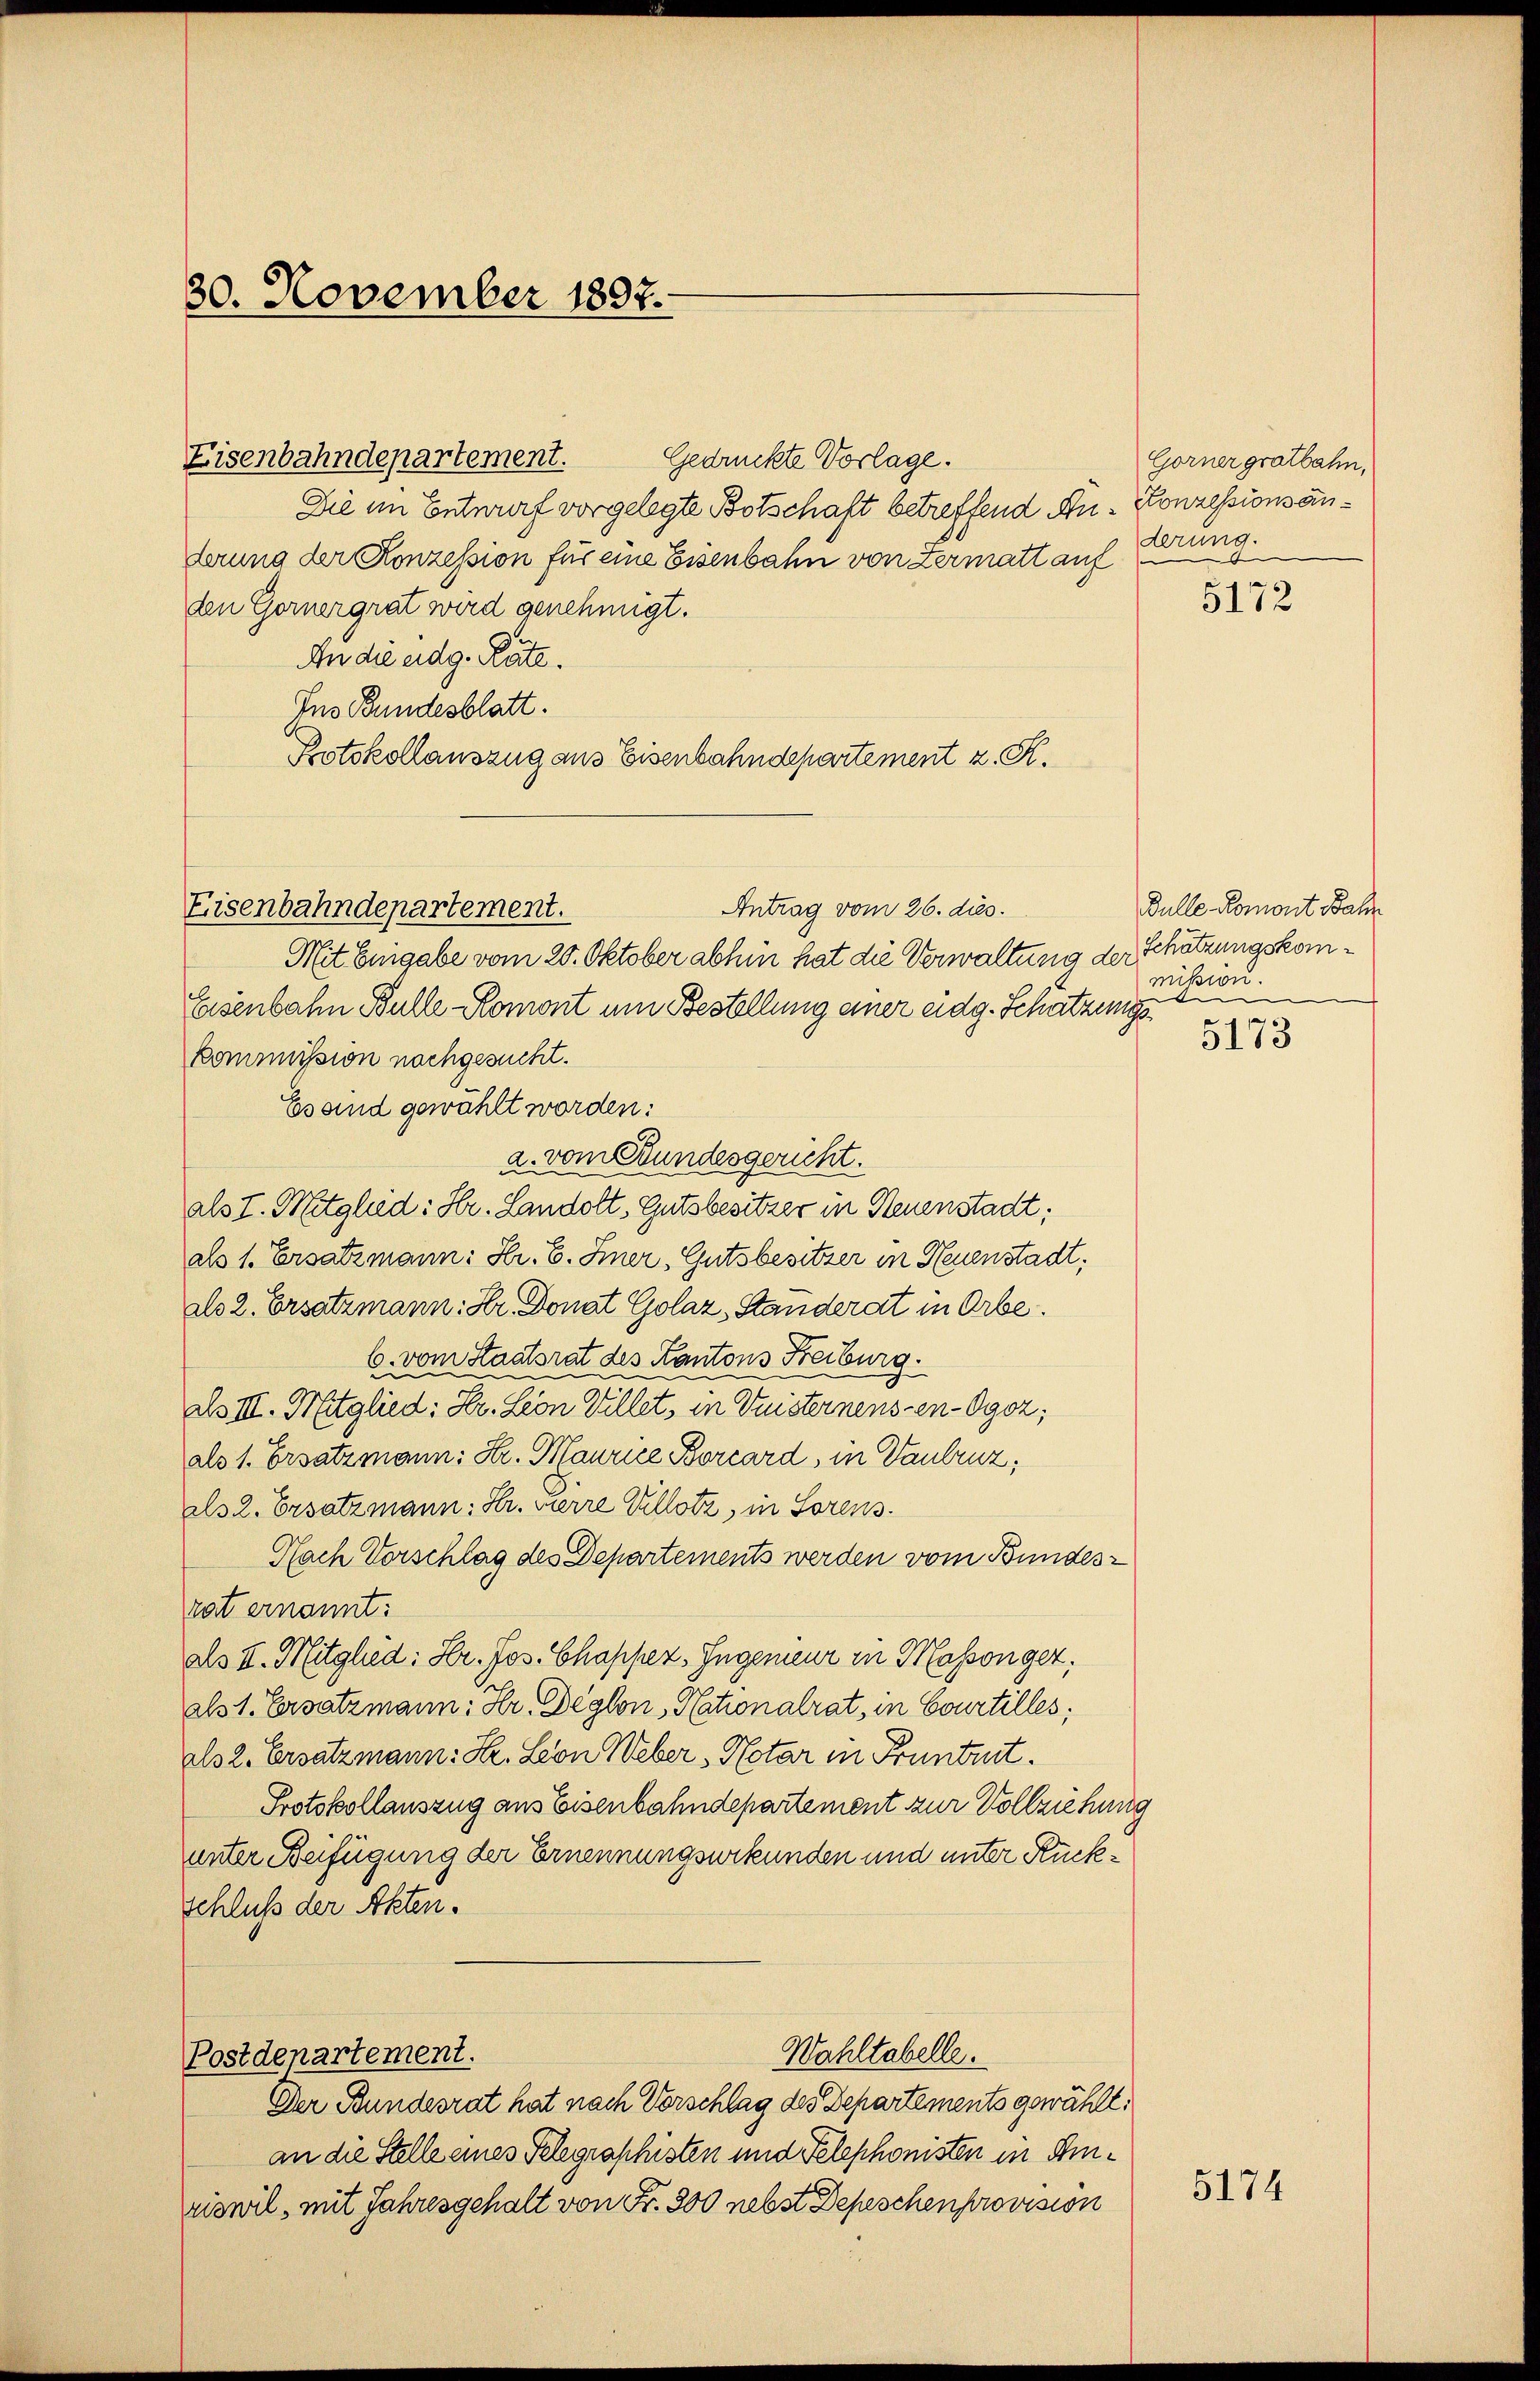
30. November 1897.

Eisenbahndepartement.

an die Stelle eines Telegraschisten und Telephonisten in Einriswil, mit Jahresgehalt von Fr. 300 nebst Depeschen provision

Die im Entwurf vorgelegte Botschaft betreffend An- Konzessionsanderung der Konzession für eine Eisenbahn von Zermatt auf
den Gornergrat wird genehmigt.
An die eidg. Räte.
Ins Bundesblatt.
Protokollauszug aus Eisenbahndepartement z. R.
Mit Eingabe vom 20. Oktober abhin hat die Verwaltung der Schätzungskom¬
Eisenbahn Bulle-Romont um Bestellung einer eidg. Schatzungs¬
Kommission nachgesucht.
Esand gewählt worden:
a. vom Bundesgericht.
als I. Mitglied: Hr. Landolt. Gutsbesitzer in Neuenstadt;
als 1. Ersatzmann: Hr. B. Iner, Gutsbesitzer in Neuenstadt,
als 2. Ersatzmann: Hr. Donat Golaz, Standerat in Orbe.
b. vom Staatsrat des Kantons Freiburg.
Ds III. Mitglied: Hr. Leon Villet, in Fristernens en-Ogoz,
als 1. Ersatzmann: Hr. Maurice Borcard, in Vaulruz,
als 2. Ersatzmann: Hr. Pierre Villotz, in Lorens
Nach Vorschlag des Departements werden vom Bundesrat ernannt:
als II. Mitglied: Hr. Jos. Chappez, Ingenieur in Masson ger
als 1. Ersatzmann: Hr. Deglon, Nationalrat, in Courtilles,
als 2. Ersatzmann: Hr. Leon Weber, Notar in Pruntrut.
Protokollauszug aus Eisenbahndepartement zur Vollziehe
unter Beifügung der Ernennungsurkunden und unter Rückschluß der Akten.

Eisenbahndepartement.

Antrag vom 26. dies.

Wahltabelle.
Postdepartement.
Der Bundesrat hat nach Vorschlag des Departements gewählt.

Gorner gratbahn.
terung.

Bulle. Romont Bahn
mission.
d

2

5172

5173

5174